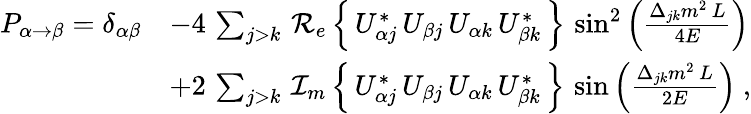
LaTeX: {\begin{array}{rl}{P_{\alpha\rightarrow\beta}=\delta_{\alpha\beta}}&{-4\, \sum_{j>k}\, \operatorname{\mathcal{R_{e}}}\left\{ \, U_{\alpha j}^{*}\, U_{\beta j}\, U_{\alpha k}\, U_{\beta k}^{*}\, \right\} \, \sin^{2}\left({\frac{\Delta_{jk}m^{2}\, L}{4E}}\right)}\\ &{+2\, \sum_{j>k}\, \operatorname{\mathcal{I_{m}}}\left\{ \, U_{\alpha j}^{*}\, U_{\beta j}\, U_{\alpha k}\, U_{\beta k}^{*}\, \right\} \, \sin\left({\frac{\Delta_{jk}m^{2}\, L}{2E}}\right)~,}\end{array}}